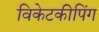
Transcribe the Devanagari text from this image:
विकेटकीपिंग